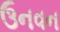
ઉનવન